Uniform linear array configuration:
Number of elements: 48
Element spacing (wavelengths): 1
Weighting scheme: hann
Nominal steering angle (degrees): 0
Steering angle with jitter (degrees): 1.839
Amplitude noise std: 0.05
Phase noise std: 0.05

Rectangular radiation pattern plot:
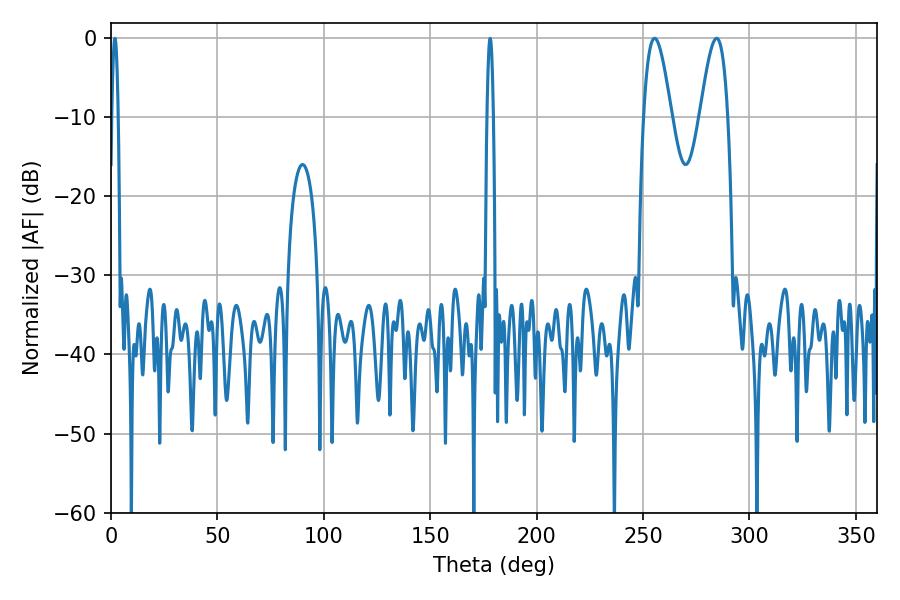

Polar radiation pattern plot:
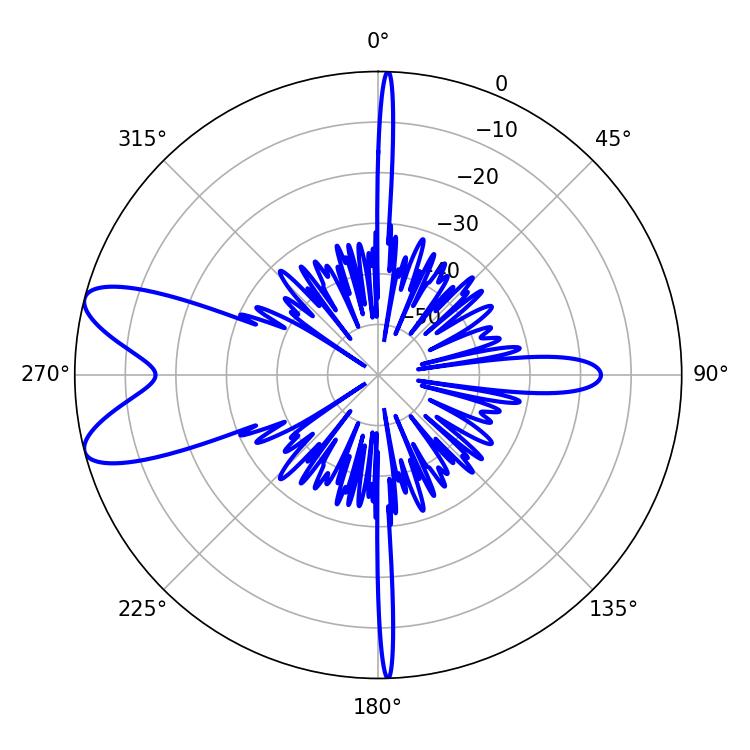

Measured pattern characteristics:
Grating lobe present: TRUE
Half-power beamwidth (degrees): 7.02
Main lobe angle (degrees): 255.42